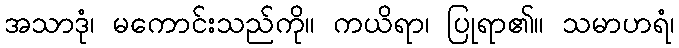
အသာဒုံ၊ မကောင်းသည်ကို။ ကယိရာ၊ ပြုရာ၏။ သမာဟရံ၊